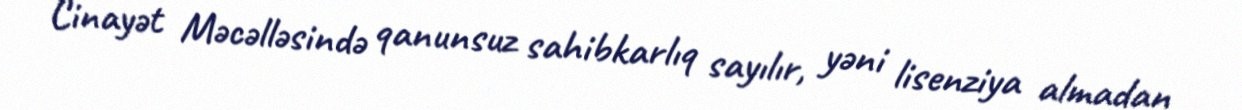
Cinayət Məcəlləsində qanunsuz sahibkarlıq sayılır, yəni lisenziya almadan